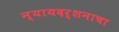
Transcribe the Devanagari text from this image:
न्यायदर्शनाचा